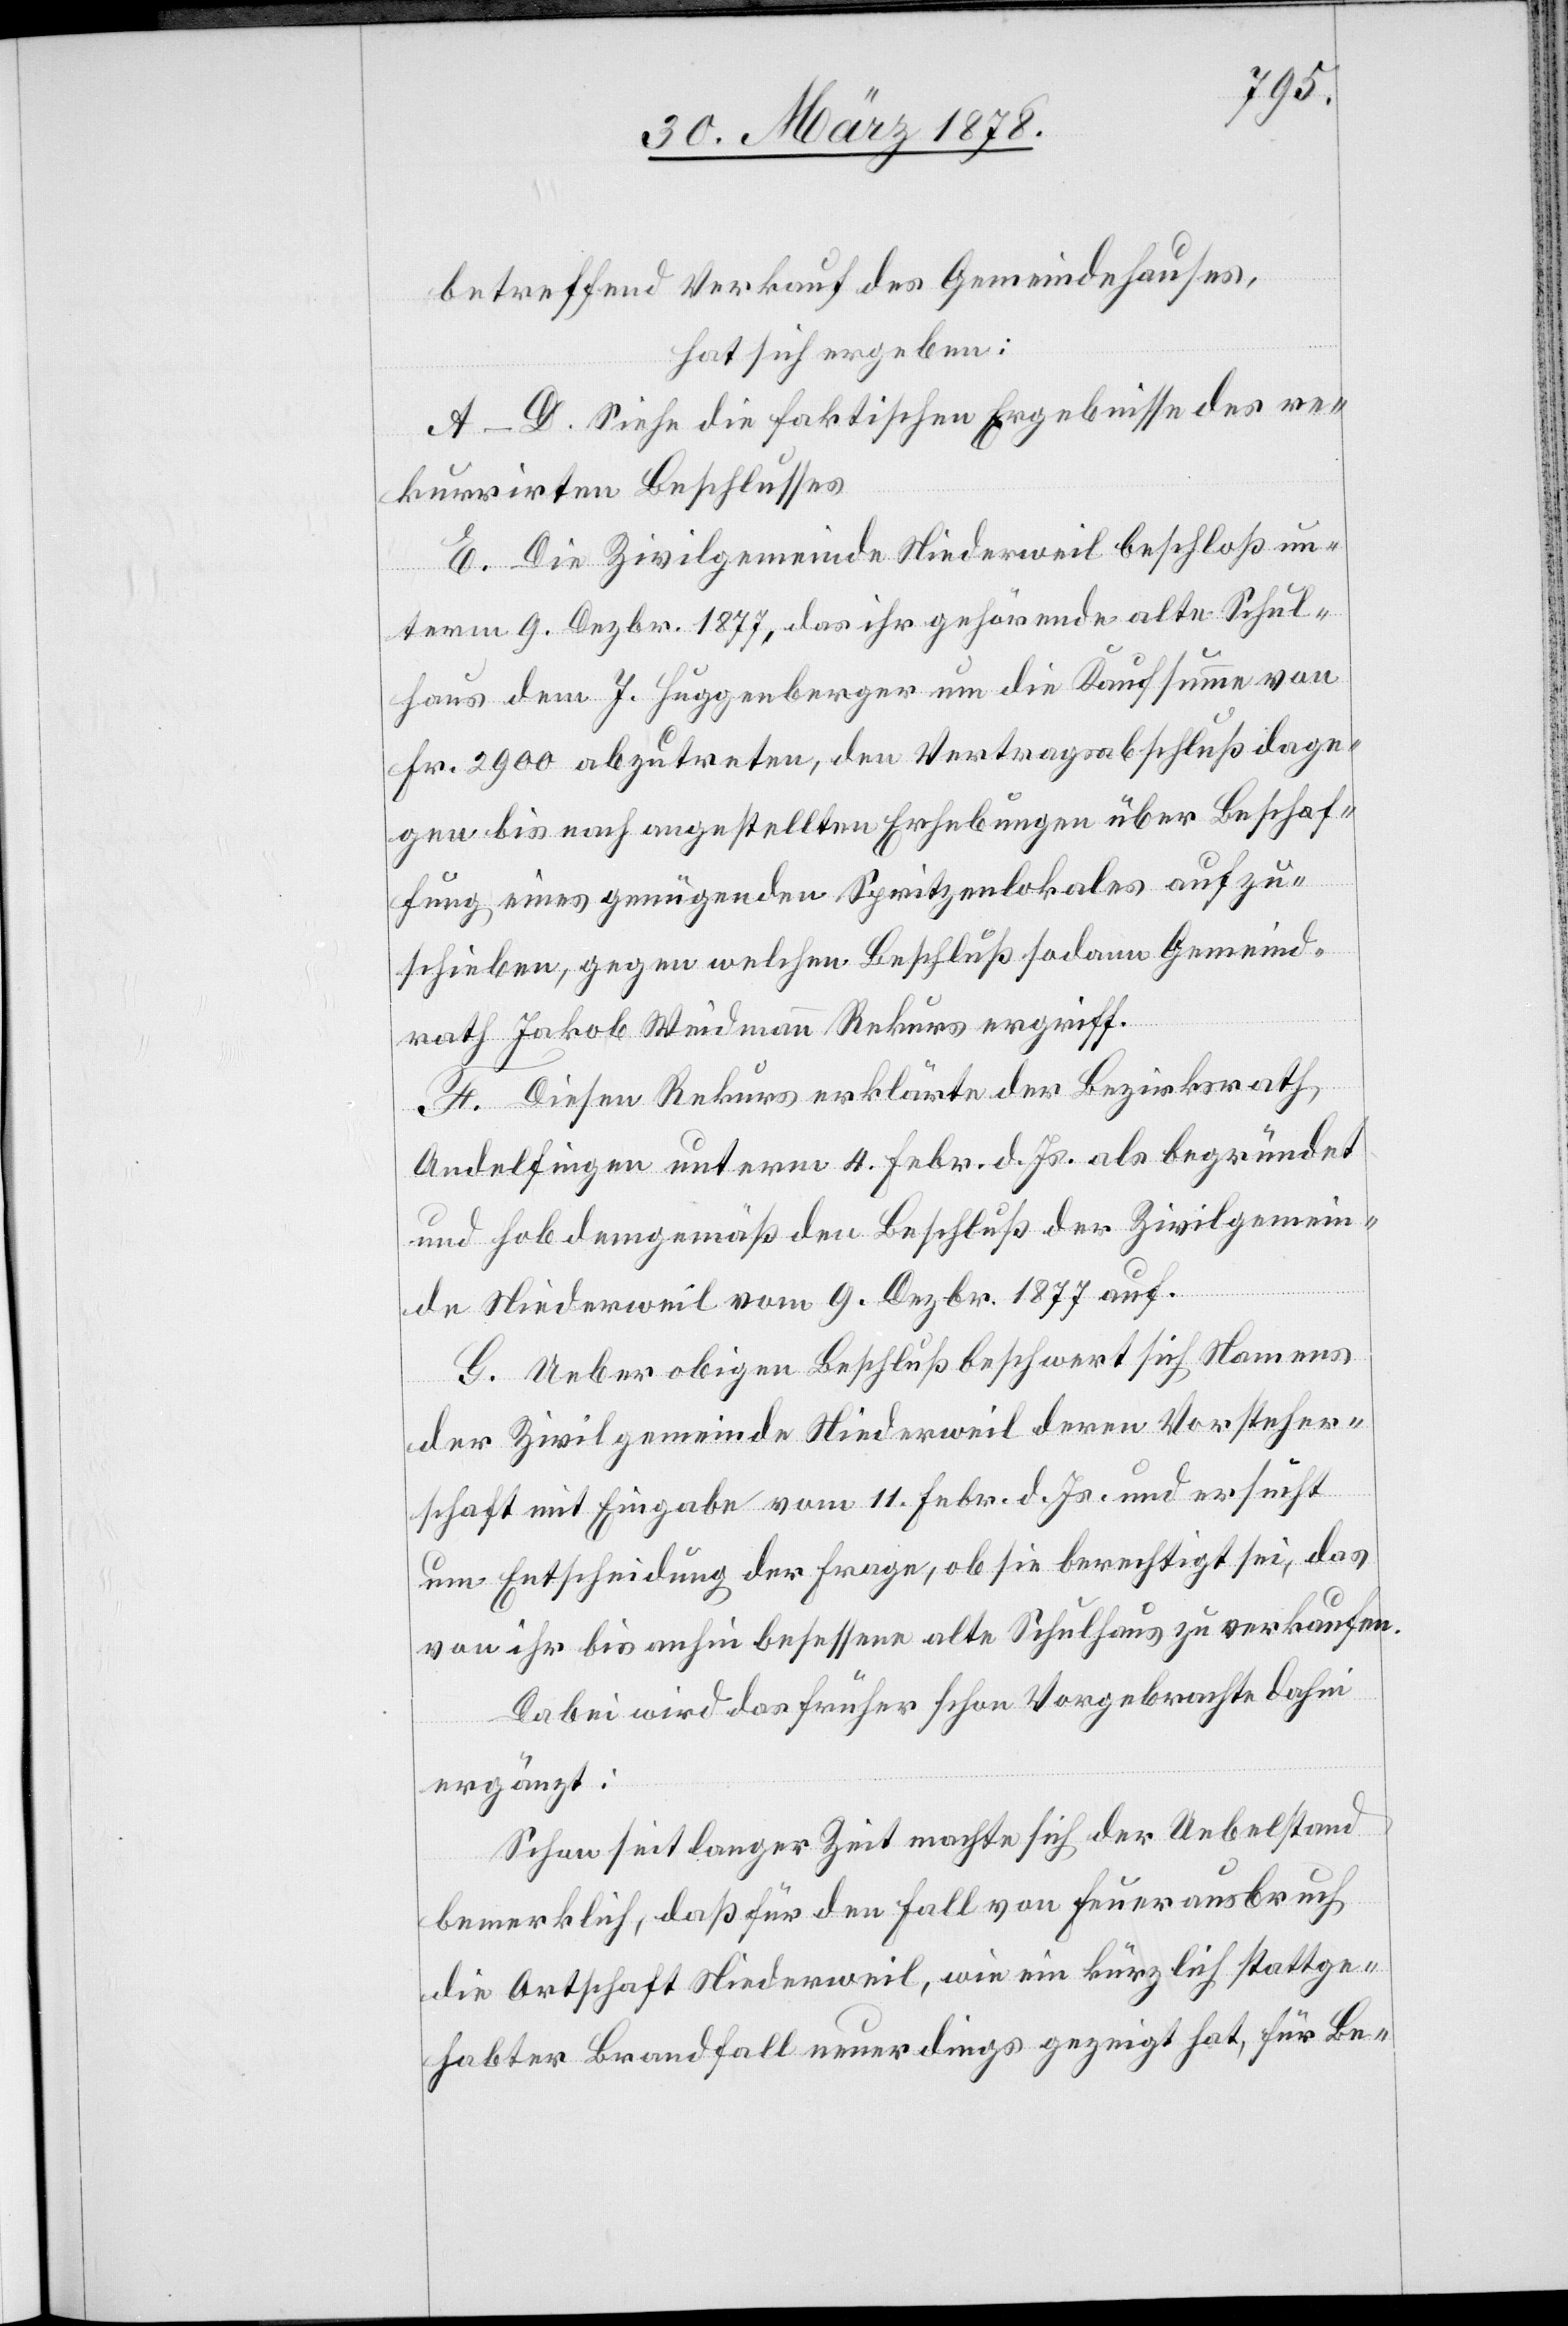
Gemeind¬
betreffend Verkauf des Gemeindehauses,
hat sich ergeben:
A–D. Siehe die faktischen Ergebnisse des re¬
kurrirten Beschlusses.
E. Die Zivilgemeinde Niederweil beschloß un¬
term 9. Dezbr. 1877, das ihr gehörende alte Schul¬
haus dem J. Huggenberger um die Kaufsumme von
rath Jakob Weidmann Rekurs ergriff.
F. Diesen Rekurs erklärt der Bezirksrath,
Andelfingen unterm 4. Febr. d. Js. als begründet
und hob demgemäß den Beschluß der Zivilgemein¬
de Niederweil vom 9. Dezbr. 1877 auf.
G. Ueber obigen Beschluß beschwert sich Namens
der Zivilgemeinde Niederweil deren Vorsteher¬
schaft mit Eingabe vom 11. Febr. d. Js. und ersucht
um Entscheidung der Frage, ob sie berechtigt sei, das
von ihr bis anhin besessene alte Schulhaus zu verkaufen.
Dabei wird das früher schon Vorgebrachte dahin
ergänzt:
Schon seit langer Zeit machte sich der Uebelstand
bemerklich, daß für den Fall von Feuerausbruch
die Ortschaft Niederweil, wie ein kürzlich stattge¬
habter Brandfall neuerdings gezeigt hat, für Be-